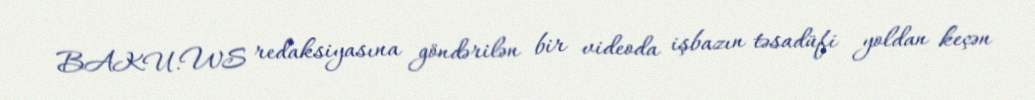
BAKU.WS redaksiyasına göndərilən bir videoda işbazın təsadüfi yoldan keçən